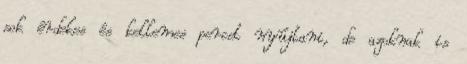
sok érdekes és kellemes percet nyújtani, de azoknak is